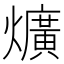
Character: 爌